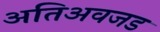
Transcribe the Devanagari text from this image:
अतिअवजड